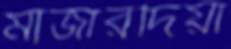
মাজারদিয়া